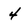
Character: 4